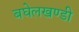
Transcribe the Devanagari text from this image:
बघेलखण्डी